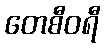
တေစီဝရီ